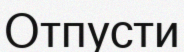
Отпусти